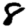
Digit: 8